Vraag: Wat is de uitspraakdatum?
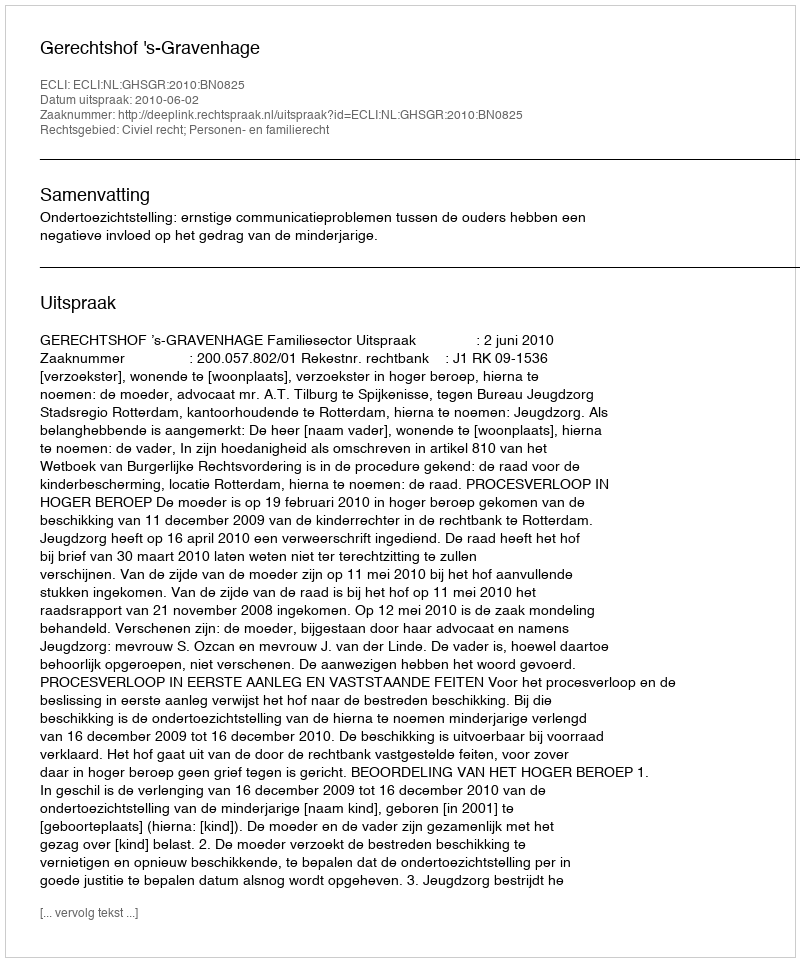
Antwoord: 2010-06-02